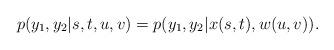
LaTeX: \begin{align*} p(y_1,y_2|s,t,u,v) = p(y_1,y_2|x(s,t), w(u,v)).\end{align*}